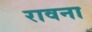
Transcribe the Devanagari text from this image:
रावना